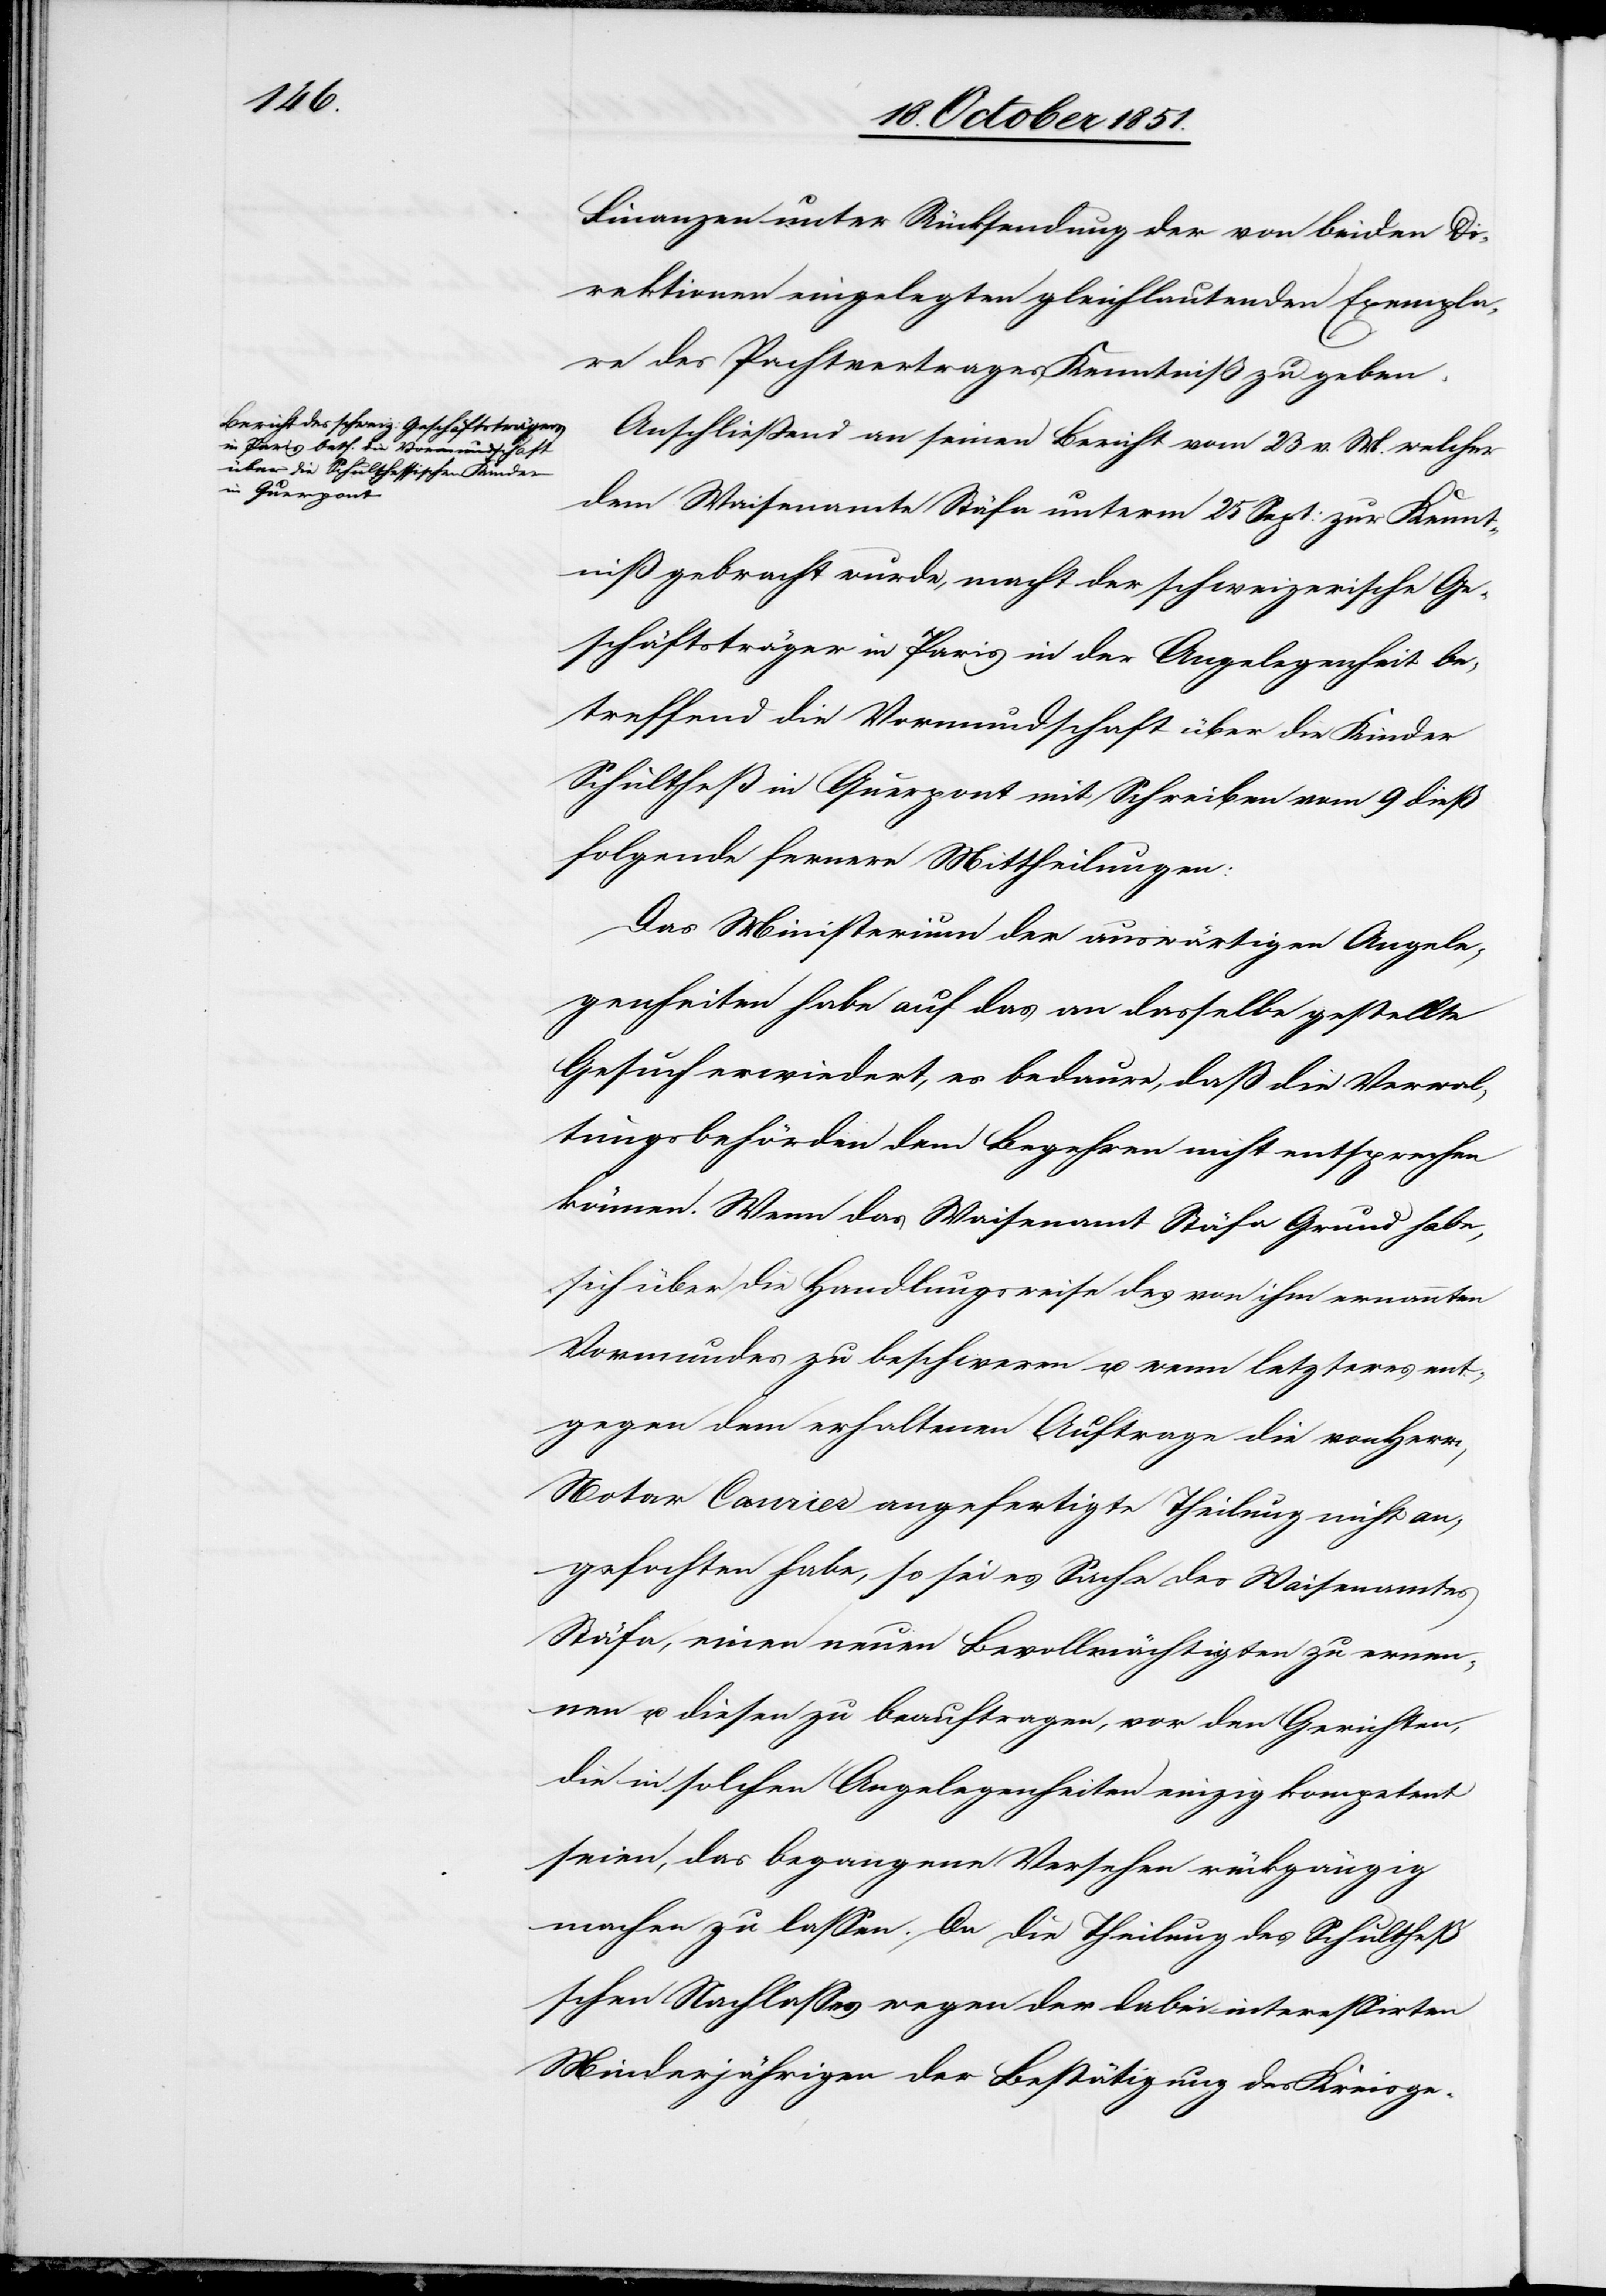
Finanzen unter Rücksendung der von beiden Di¬
rektionen eingelegten gleichlautenden Exempla¬
re des Pachtvertrages Kenntniß zu geben.
Anschließend an seinen Bericht vom 23 v. M. welcher
dem Waisenamte Stäfa unterm 25 Sept: zur Kennt¬
niß gebracht wurde, macht der schweizerische Ge¬
schäftsträger in Paris in der Angelegenheit be¬
treffend die Vormundschaft über die Kinder
Schultheß in Querpont mit Schreiben vom 9 dieß
folgende fernere Mittheilungen:
Das Ministerium der auswärtigen Angele¬
genheiten habe auf das an dasselbe gestellte
Gesuch erwiedert, es bedaure, daß die Verwal¬
tungsbehörden dem Begehren nicht entsprechen
können. Wenn das Waisenamt Stäfa Grund habe,
sich über die Handlungsweise des von ihm ernannten
Vormundes zu beschweren u. wenn letzteres ent¬
gegen dem erhaltenen Auftrage die von Herrn,
Notar Canrier angefertigte Theilung nicht an¬
gefochten habe, so sei es Sache des Waisenamtes
Stäfa, einen neuen Bevollmächtigten zu ernen¬
nen u. diesen zu beauftragen, vor den Gerichten,
die in solchen Angelegenheiten einzig kompetent
seien, das begangene Versehen rückgängig
machen zu lassen. Da die Theilung des Schultheß’s¬
chen Nachlasses wegen der dabei interessirten
Minderjährigen der Bestätigung des Kreisge-